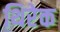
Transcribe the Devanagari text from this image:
थिरेक